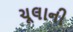
ચૂલાની